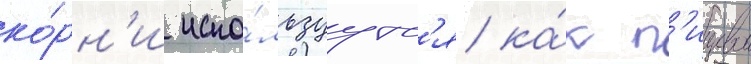
ко́рн'и испо́льзуутс'я ка́к п'ищевои